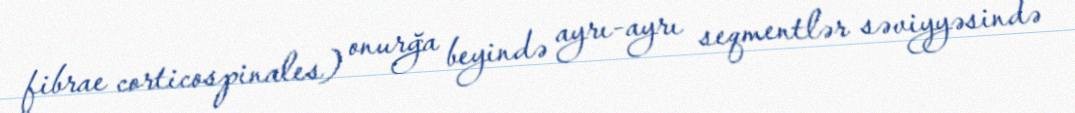
fibrae corticospinales) onurğa beyində ayrı-ayrı seqmentlər səviyyəsində